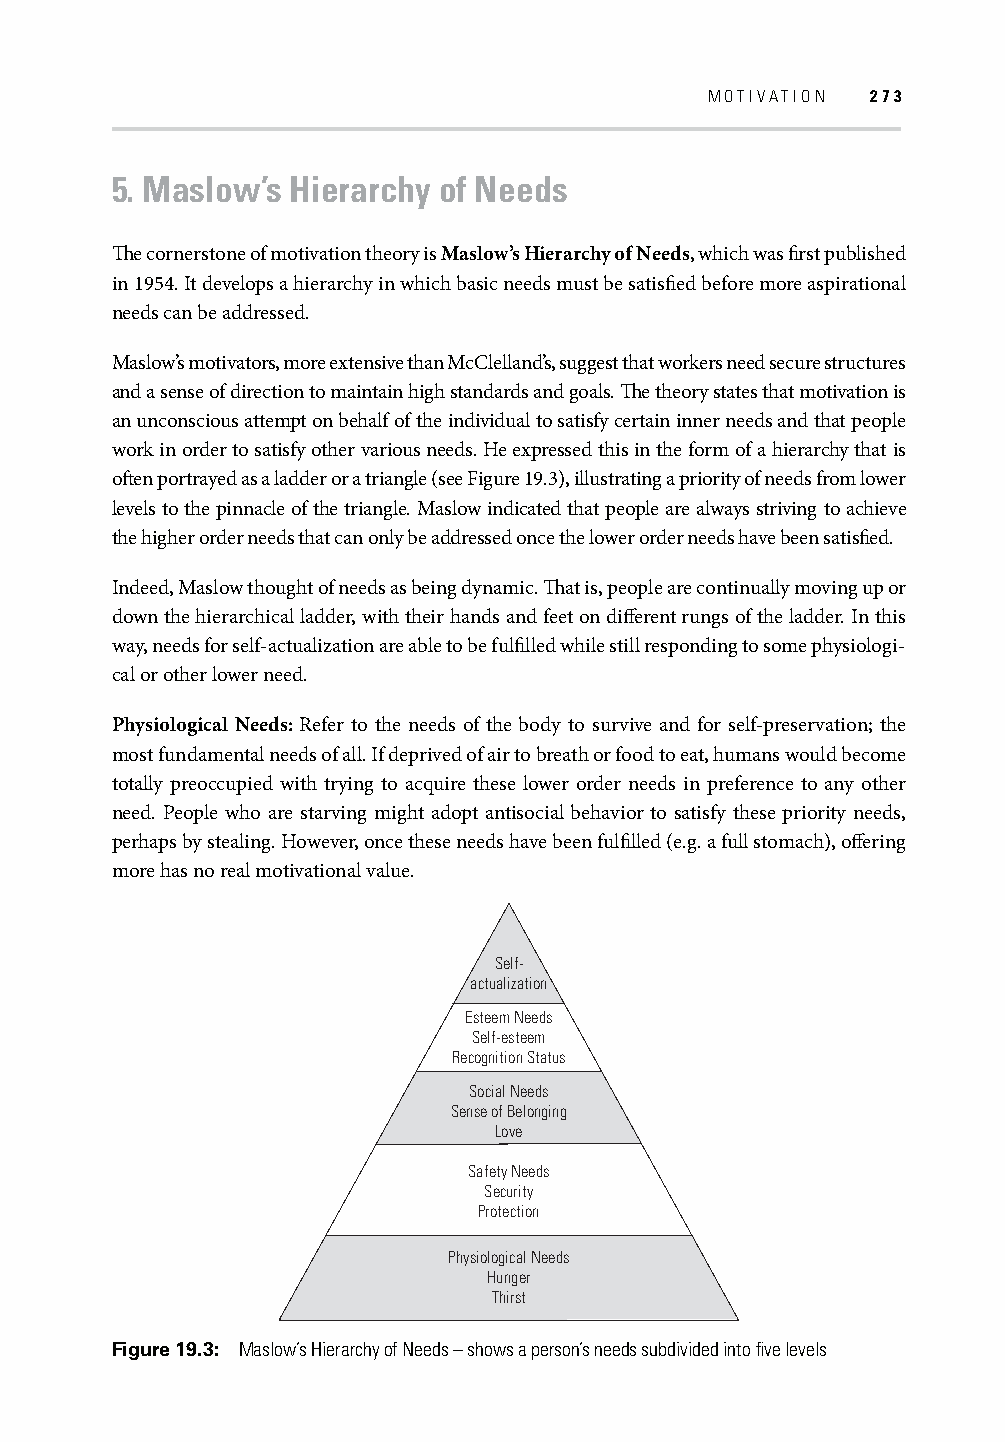
MOTIVATION 273
 5. Maslow’s Hierarchy of Needs
 Th e cornerstone of motivation theory is Maslow’s Hierarchy of Needs, which was fi rst published
 in 1954. It develops a hierarchy in which basic needs must be satisfi ed before more aspirational
 needs can be addressed.
 Maslow’s motivators, more extensive than McClelland’s, suggest that workers need secure structures
 and a sense of direction to maintain high standards and goals. Th e theory states that motivation is
 an unconscious attempt on behalf of the individual to satisfy certain inner needs and that people
 work in order to satisfy other various needs. He expressed this in the form of a hierarchy that is
 oft en portrayed as a ladder or a triangle (see Figure 19.3), illustrating a priority of needs from lower
 levels to the pinnacle of the triangle. Maslow indicated that people are always striving to achieve
 the higher order needs that can only be addressed once the lower order needs have been satisfi ed.
 Indeed, Maslow thought of needs as being dynamic. Th at is, people are continually moving up or
 down the hierarchical ladder, with their hands and feet on diff erent rungs of the ladder. In this
 way, needs for self-actualization are able to be fulfi lled while still responding to some physiologi-
 cal or other lower need.
 Physiological Needs: Refer to the needs of the body to survive and for self-preservation; the
 most fundamental needs of all. If deprived of air to breath or food to eat, humans would become
 totally preoccupied with trying to acquire these lower order needs in preference to any other
 need. People who are starving might adopt antisocial behavior to satisfy these priority needs,
 perhaps by stealing. However, once these needs have been fulfi lled (e.g. a full stomach), off ering
 more has no real motivational value.
 Self-
 actualization
 Esteem Needs
 Self-esteem
 Recognition Status
 Social Needs
 Sense of Belonging
 Love
 Safety Needs
 Security
 Protection
 Physiological Needs
 Hunger
 Thirst
 Figure 19.3: Maslow’s Hierarchy of Needs – shows a person’s needs subdivided into fi ve levels